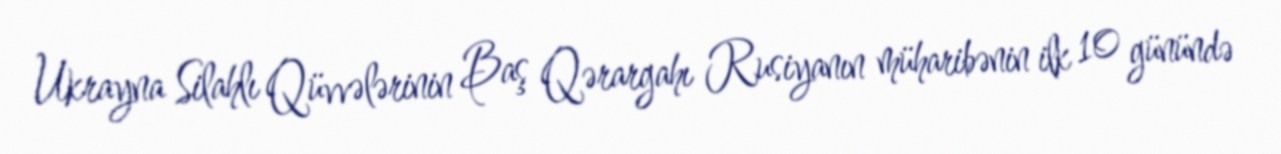
Ukrayna Silahlı Qüvvələrinin Baş Qərargahı Rusiyanın müharibənin ilk 10 günündə